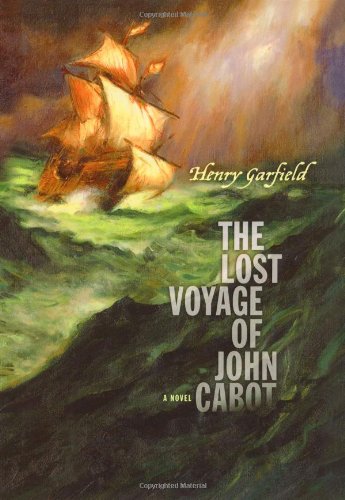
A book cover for The Lost Voyage of John Cabot; Henry Garfield; Teen & Young Adult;